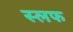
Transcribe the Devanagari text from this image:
स्लफ